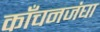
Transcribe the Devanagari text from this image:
काँचनजंघा